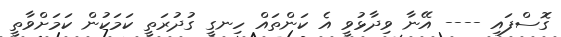
ގޮސްފައި ---- އޭނާ ވިދާޅުވީ އެ ކަންތައް ހިނގީ ގުދުރަތީ ކަމަކުން ކަމަށްވާތީ